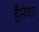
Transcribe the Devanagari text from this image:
हैसंचार